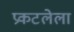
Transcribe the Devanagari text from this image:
प्रकटलेला